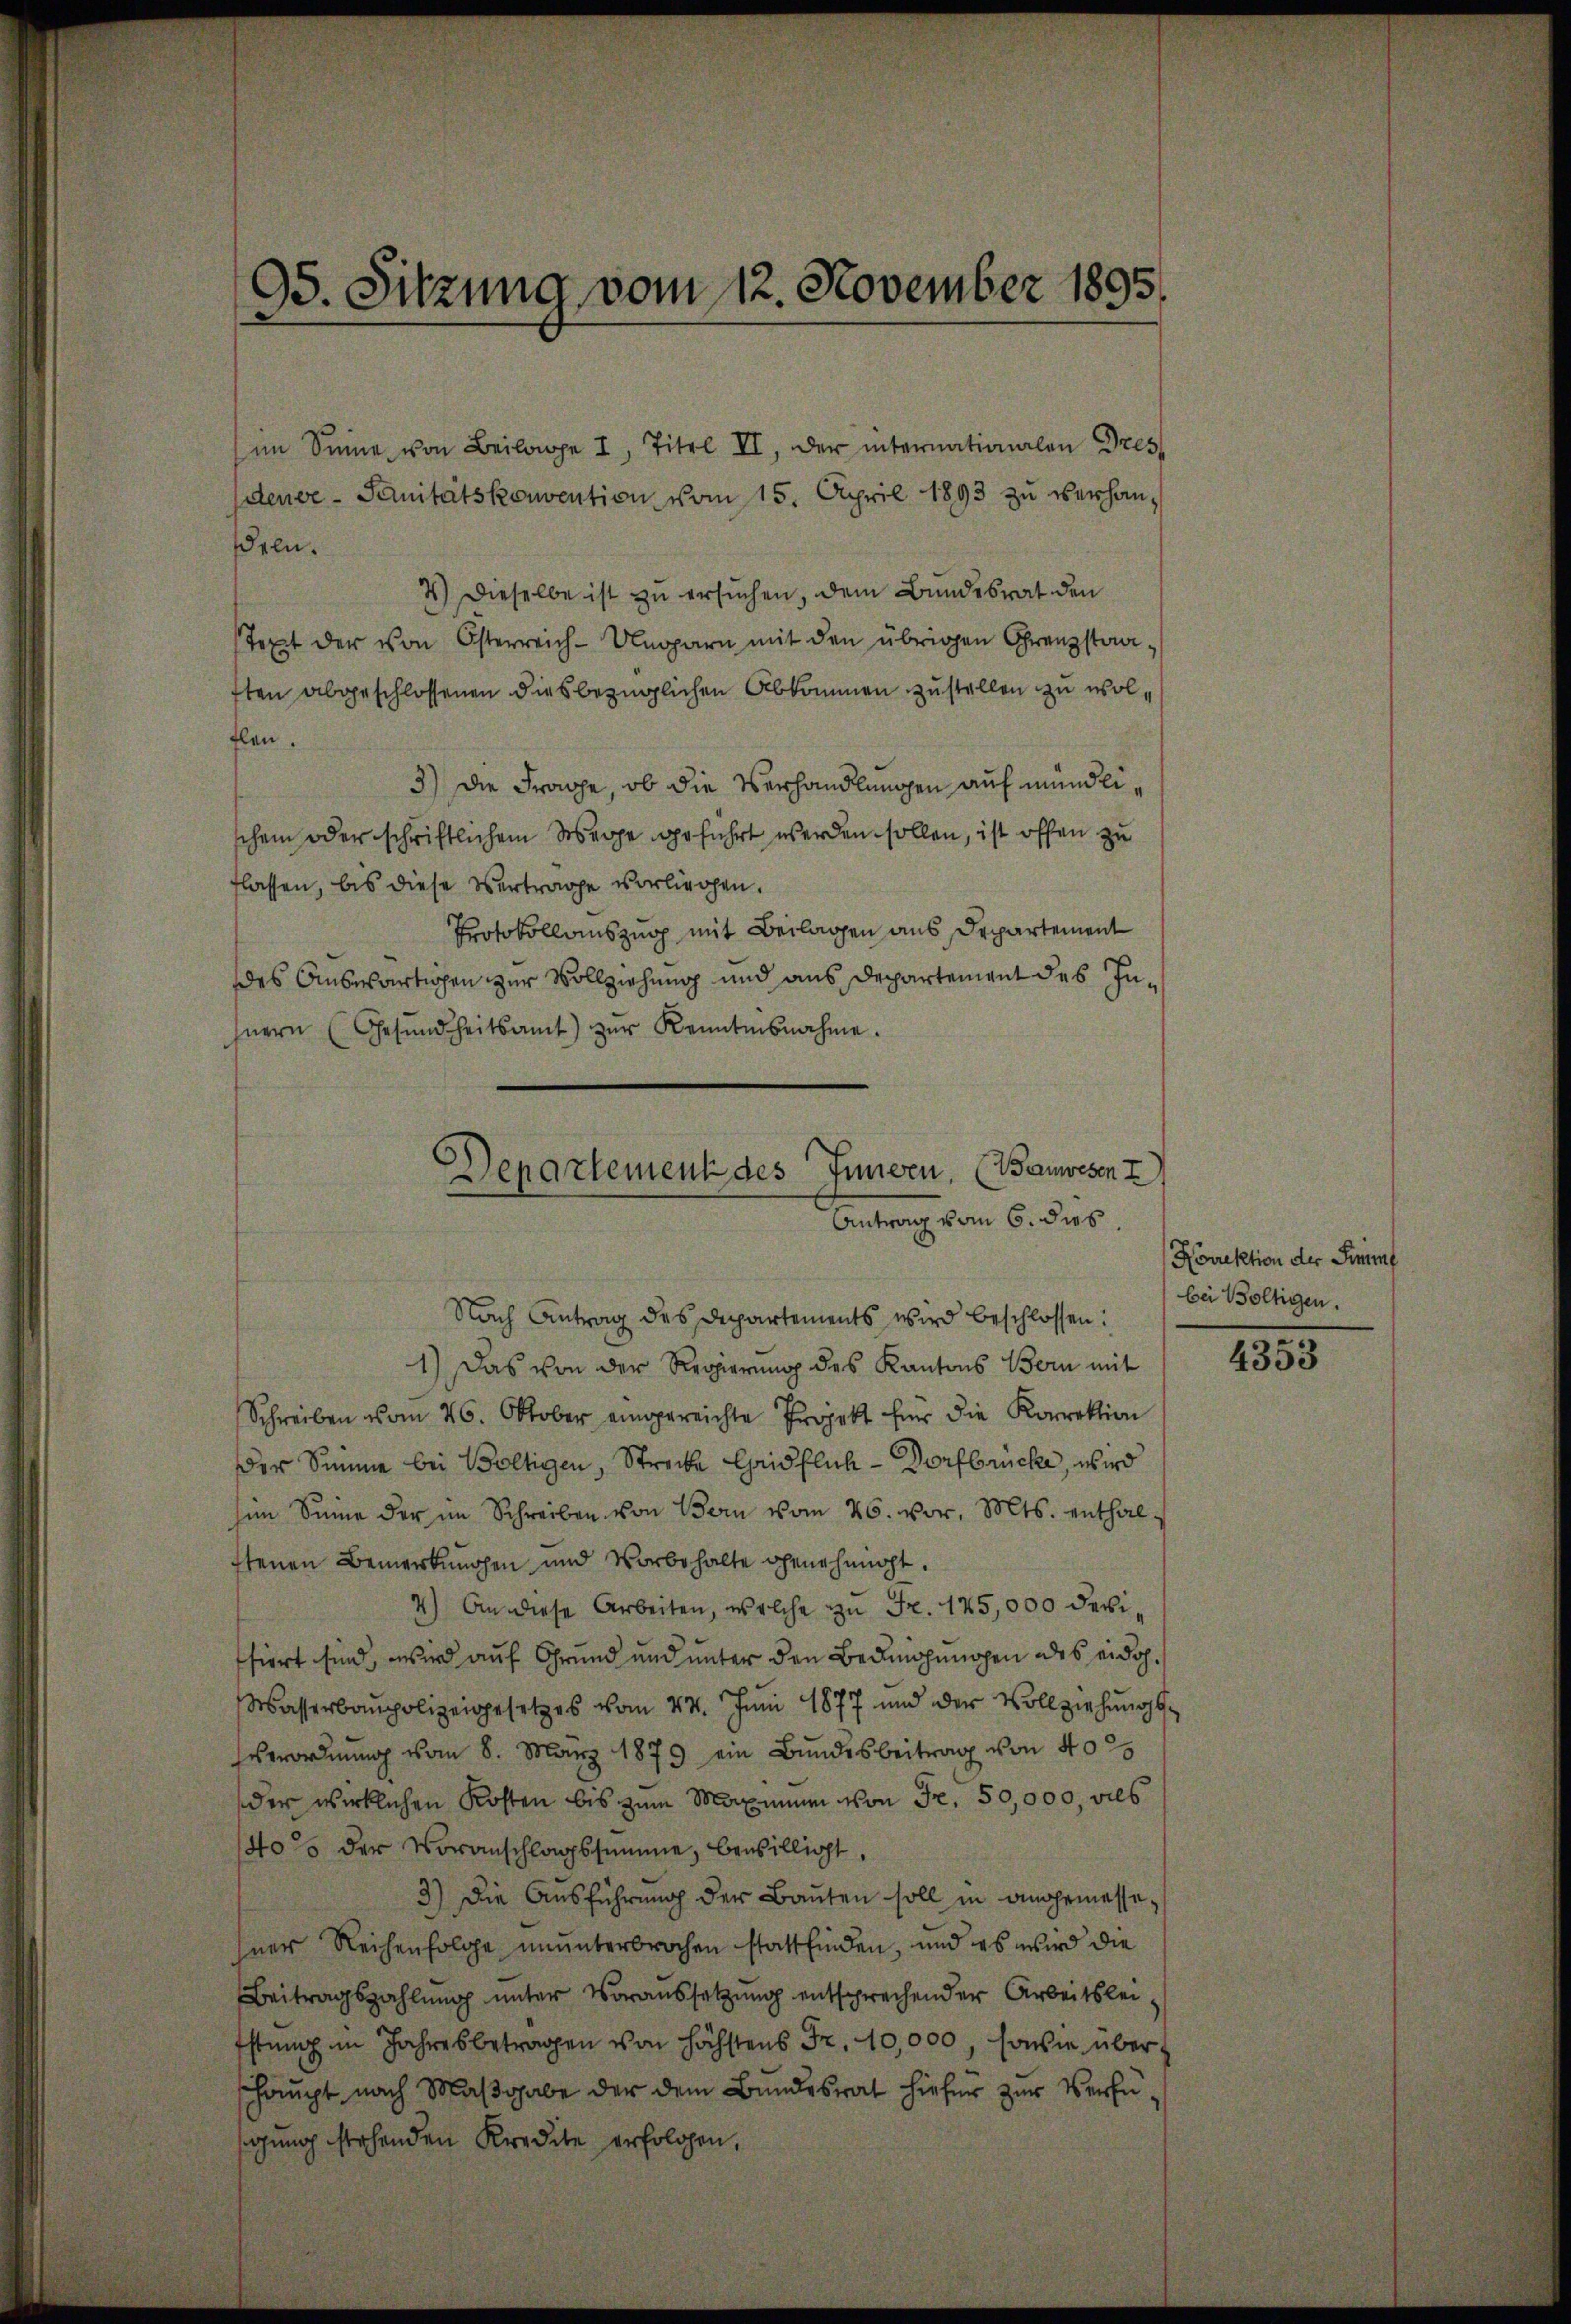
35. Sitzung vom 12. November 1895

im Sinne von Beilage I Titel II, der internationalen Gres-
dence - Sanitätskonvention vom 15. April 1893 zu verhandeln.
4.) Dieselbe ist zu ersuchen, dem Bundesrat den
Text der von Österreich-Ungarn mit den übrigen Grenzstra-
ften abgeschlossenen diesbezüglichen Abkommen zustellen zu woltlen.
3) Die Frage, ob die Verhandlungen auf mündlischein oder schriftlichem Wege geführt werden sollen, ist offen zu
flassen, bis diese Vertrage vorliegen.
Protokollauszug mit Beilagen aus Departement
des Auswärtigen zur Vollziehung und aus Departement des Inhnern (Gesŭndheitsamt zŭr Kenntnisnahme.
Departement des Innern, (Bauwesen I

Antrag vom 6. dies

Nach Antrag des Departements wird beschlossen:
1.) Das von der Regierung des Kantons Bern mit
Schreiben vom 26. Oktober eingereichte Projekt für die Korrektion
Der Summe bei Boltigen, Strecke Grifflich - Dorfbrücke, wird
him Sinne der im Schreiben von Bern vom 26. vor. Mts. enthal-
ftenen Bemerkungen und Vorbehalte genehmigt.
4) An diese Arbeiten, welche zu Fr. 125,000 devifiert sind, wird auf Grund und unter den Bedingungen des eidg.
Wasserbaupolizeigesetzes vom 24. Juni 1877 und der Vollziehungseordnung vom 8. März 1879 ein Bundesbeitrag von 40 2
der wirklichen Kosten bis zum Maximum von Fr. 50,000, als
40% der Voranschlagssumme, bewilligt,
3) Die Ausführung der Bauten soll in angemessehner Reihenfolge ununterbrochen stattfinden, und es wird die
Beitragszahlung unter Voraussetzung entsprechender Arbeitslei¬
Estung im Jahresbetragen von höchstens Fr. 10,000, sowie überschaupt nach Maβgabe der dem Bundesrat hiefür zur Verfügung stehenden Kredite erfolgen,

Norrektion der Simmf
bei Boltigen.

4353